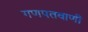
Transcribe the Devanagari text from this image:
गणपतवाणी